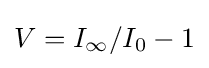
V=I_{\infty }/I_{0}-1